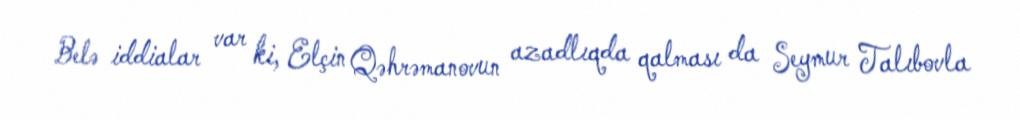
Belə iddialar var ki, Elçin Qəhrəmanovun azadlıqda qalması da Seymur Talıbovla